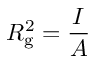
R _ { \mathrm { g } } ^ { 2 } = { \frac { I } { A } }